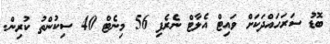
ބޮޑު ސަރަހައްދަކަށް ވައިޓް އެލާޓް ނެރެފި 56 މިނެޓް 40 ސިކުންތު ކުރިން.